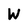
Character: W